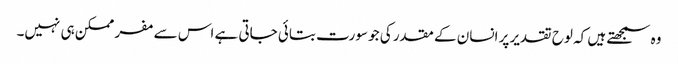
وہ سمجھتے ہیں کہ لوح تقدیر پر انسان کے مقدر کی جو سورت بتائی جاتی ہے اس سے مفر ممکن ہی نہیں۔